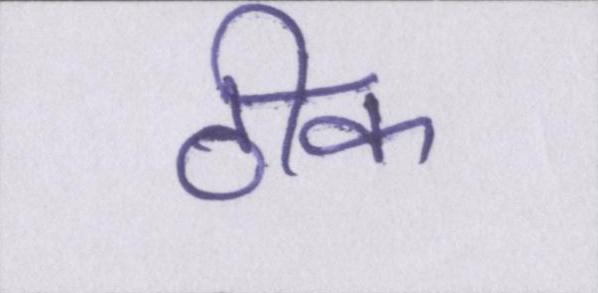
ठीक